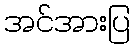
အင်အားပြ